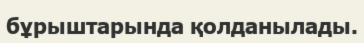
бұрыштарында қолданылады.